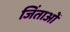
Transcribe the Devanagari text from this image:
जिंताओं